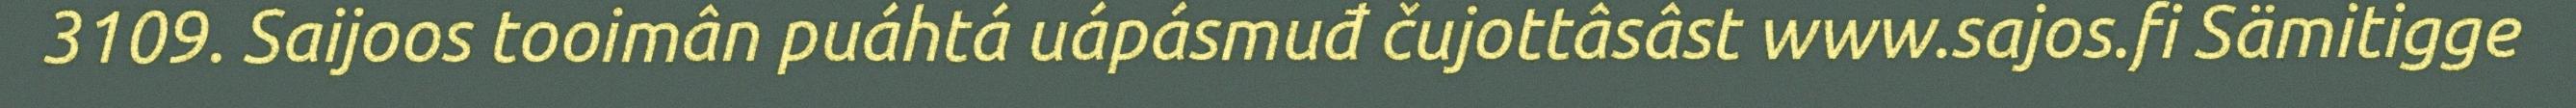
3109. Saijoos tooimân puáhtá uápásmuđ čujottâsâst www.sajos.fi Sämitigge